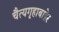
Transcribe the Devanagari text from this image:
चैत्यगृहाबाहेर